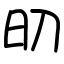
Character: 旫